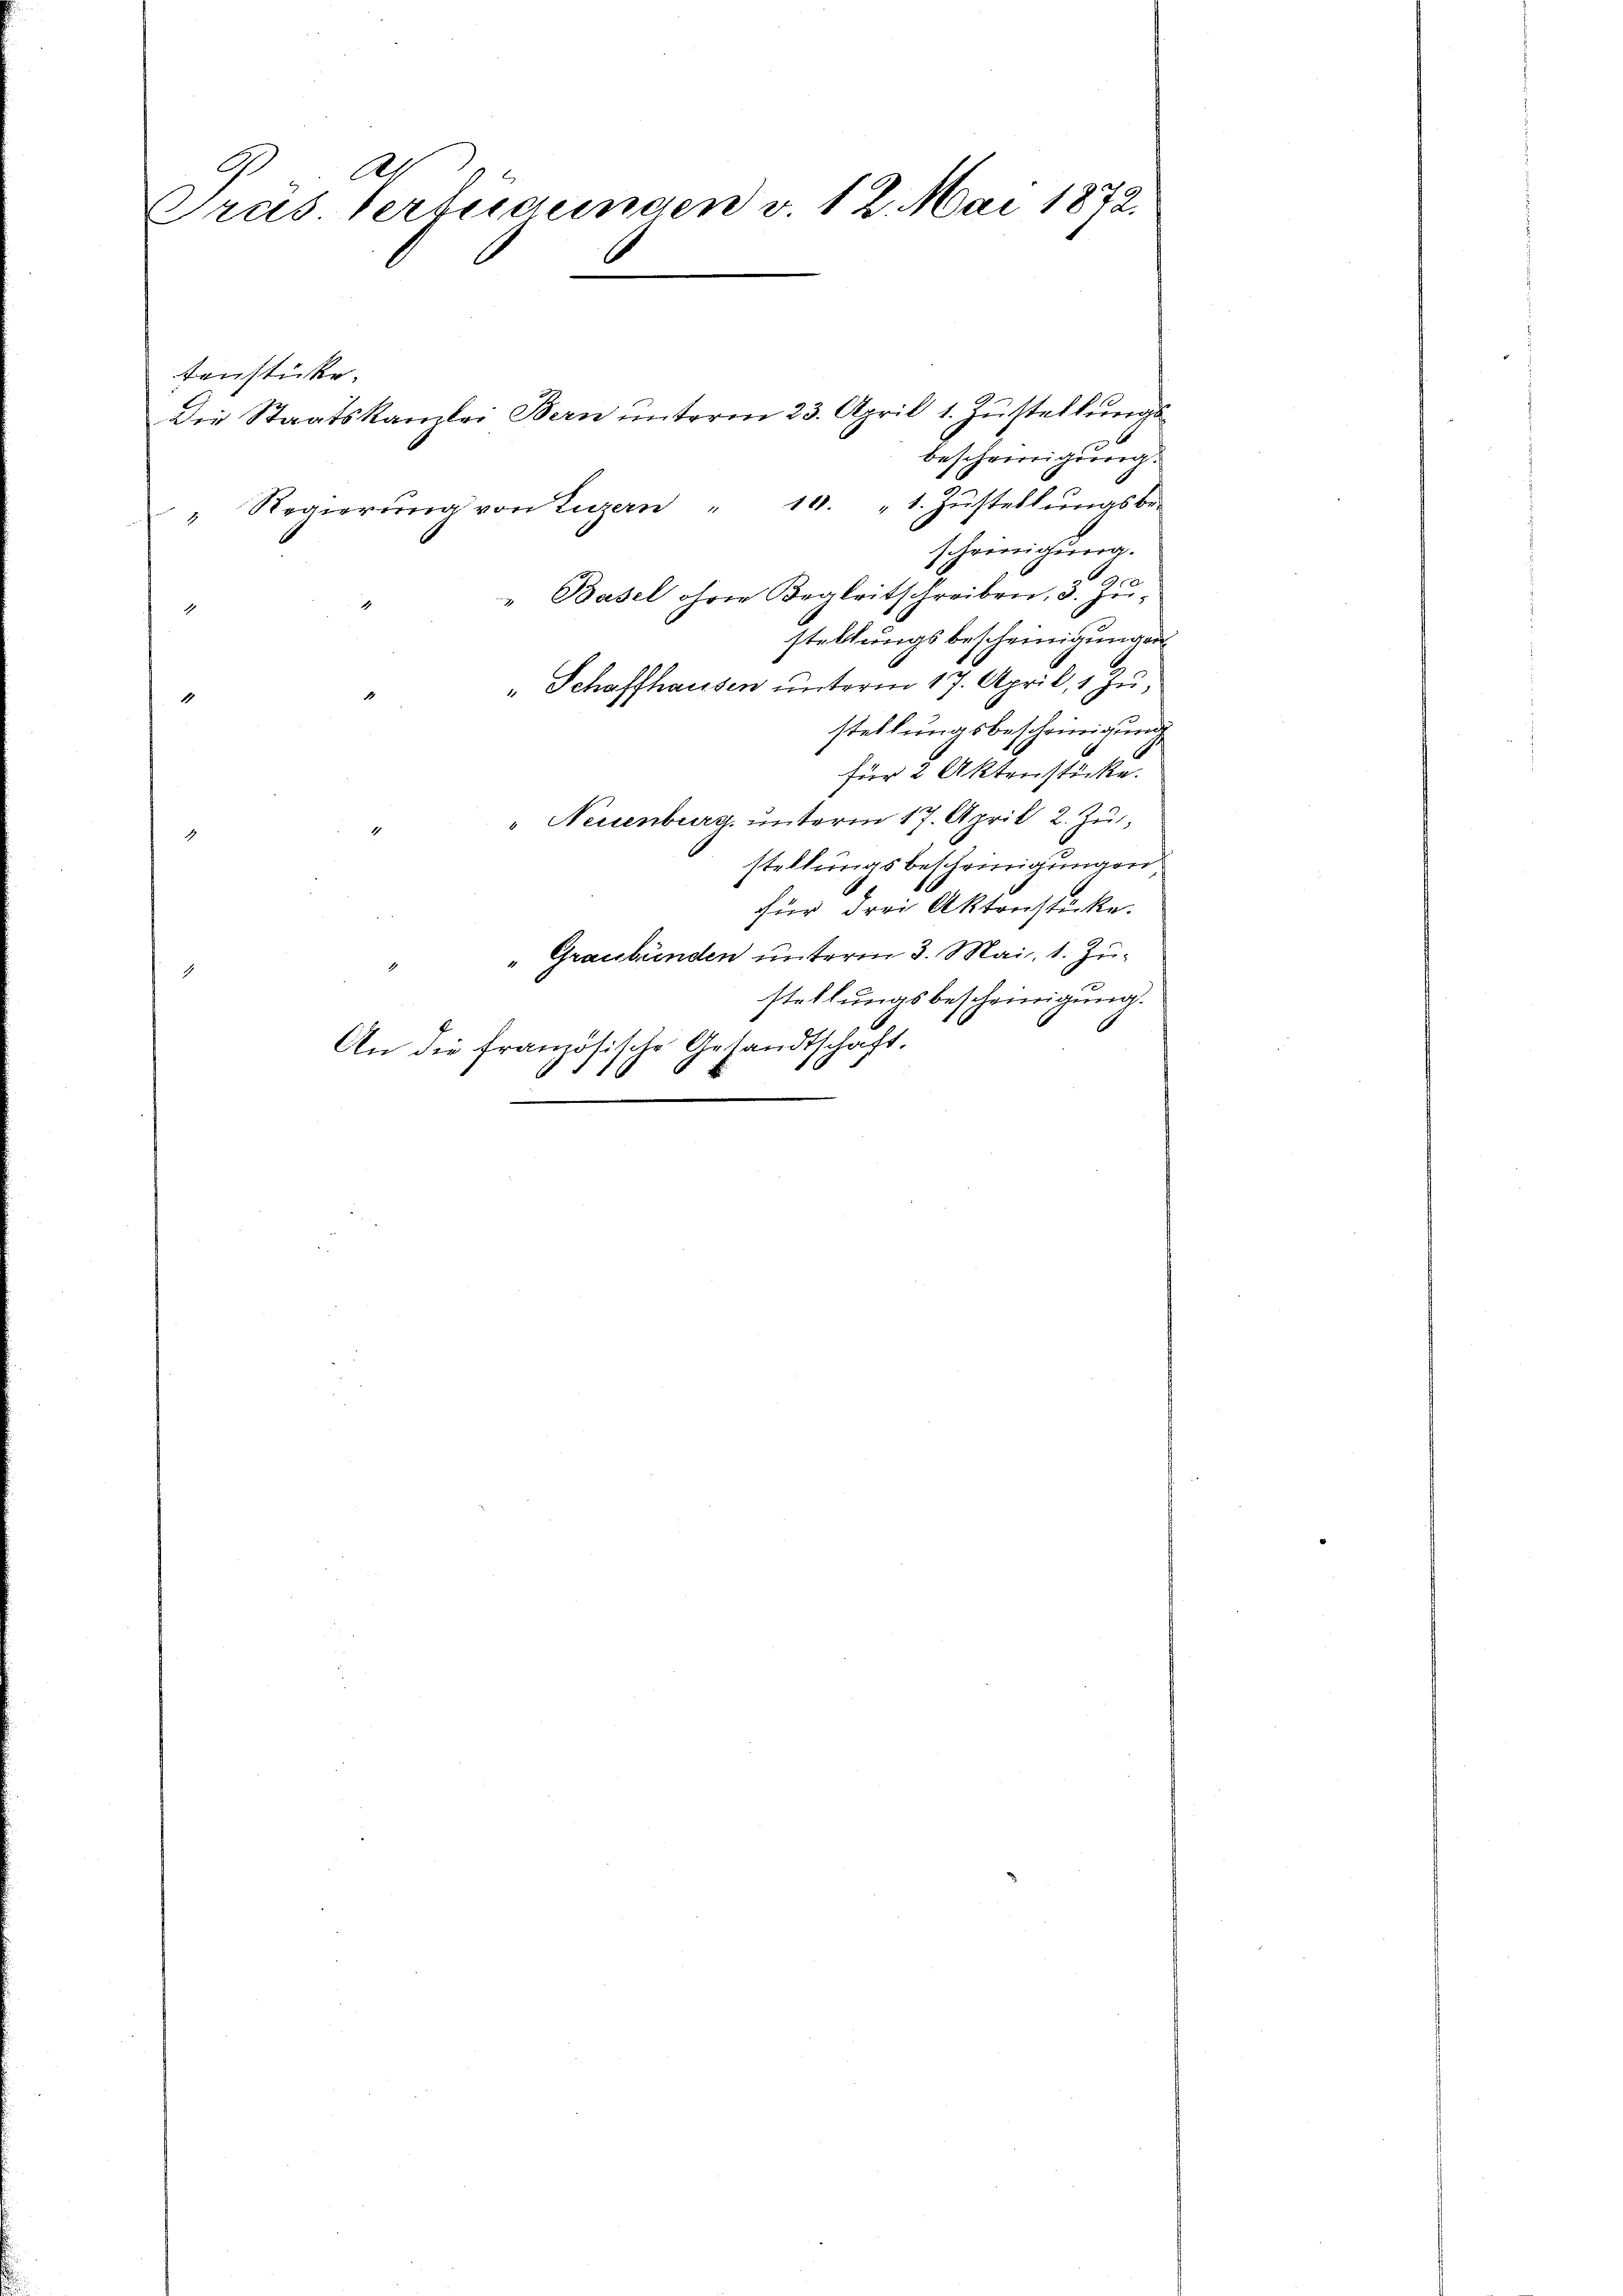
Ab
Gräs Verfügungen v. 12. Mai 1872.

tenstücke.
bescheinigung.
10. 1. Zustellungsbe-
Regierung von Luzern
scheinigung.
" Basel ohne Begleitschreiben, 3. Justellungsbescheinigungen
" Schaffhausen unterm 17. April, 1 Zu-
stellungsbescheinigung
für 2 Aktenstücke.
" Neuenburg, unterm 17. April 2. Zu
stellungsbescheinigungen
für drei Aktenstücke.
" Graubünden unterm 3. Mai. 1. Zustellungsbescheinigung.
6
An die französische Gesandtschaft.

Die Staatskanzlei Bern unterm 23. April 1. Zustellungs